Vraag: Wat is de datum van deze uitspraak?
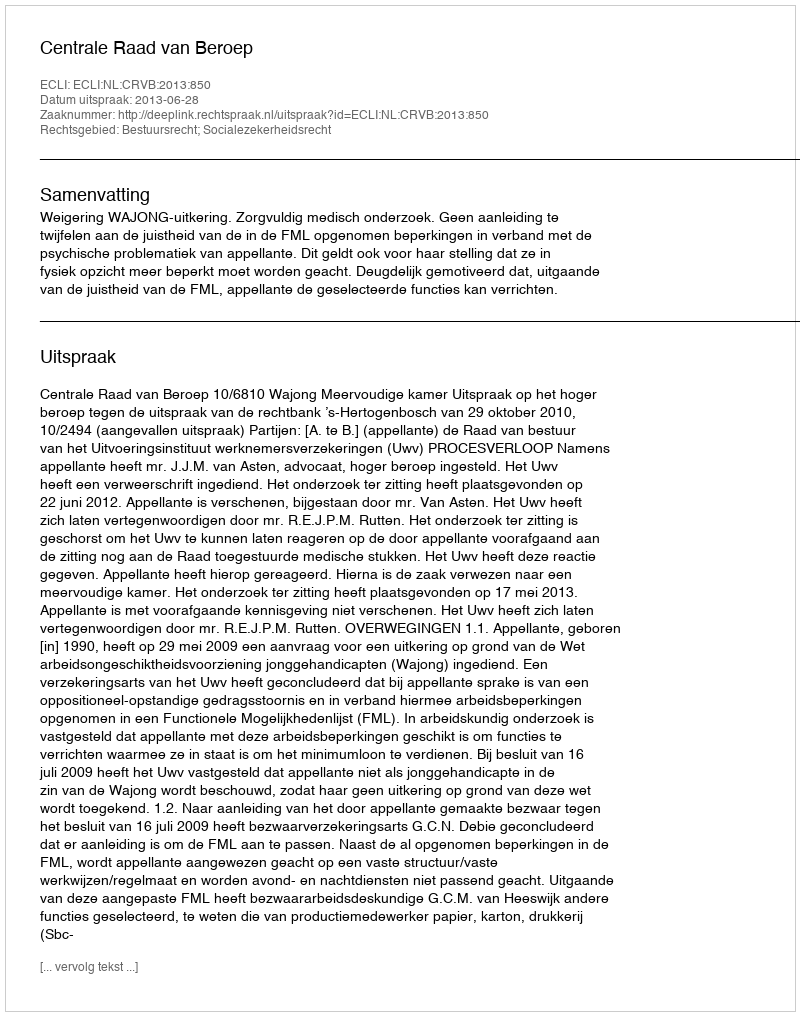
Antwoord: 2013-06-28